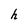
Character: h